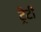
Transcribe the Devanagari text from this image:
ट्रेटी